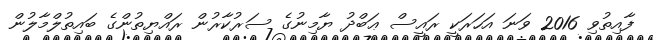
ފާއިތުވި 2016 ވަނަ އަހަރަކީ ރައީސް ޢަބްދު ޔާމިނުގެ ސަރުކާރުން ރައްޔިތުންގެ ބައިތުލްމާލުން